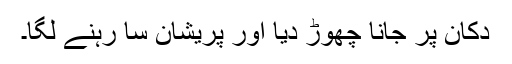
دکان پر جانا چھوڑ دیا اور پریشان سا رہنے لگا۔